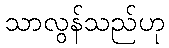
သာလွန်သည်ဟု